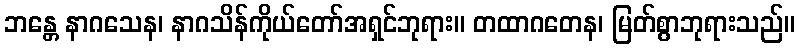
ဘန္တေ နာဂသေန၊ နာဂသိန်ကိုယ်တော်အရှင်ဘုရား။ တထာဂတေန၊ မြတ်စွာဘုရားသည်။